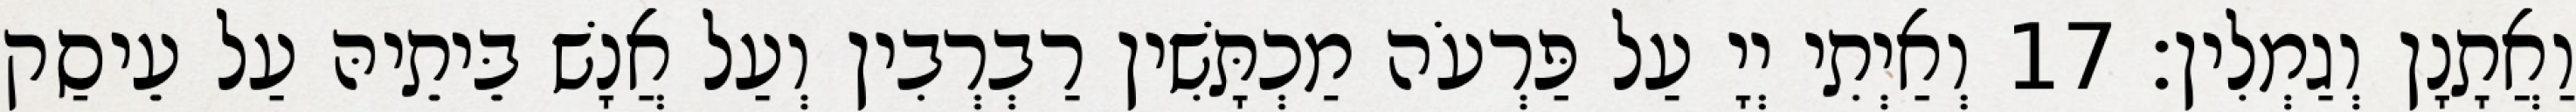
וַאֲתָנָן וְגַמְלִין׃ 17 וְאַיְתִי יְיָ עַל פַּרְעֹה מַכְתָּשִׁין רַבְרְבִין וְעַל אֲנָשׁ בֵּיתֵיהּ עַל עֵיסַק